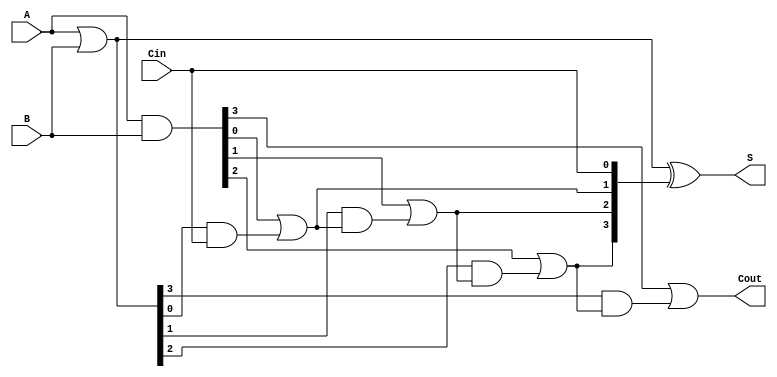
module RCLA #(parameter n = 4) (
    input  [n-1:0] A,    // First n-bit input
    input  [n-1:0] B,    // Second n-bit input
    input          Cin,   // Carry input
    output [n-1:0] S,     // Sum output
    output         Cout    // Carry output
);

    // Generate and Propagate signals
    wire [n-1:0] G; // Generate
    wire [n-1:0] P; // Propagate
    wire [n:0] C;    // Carry signals, C[0] = Cin

    // Generate and Propagate logic
    assign G = A & B;          // Gi = Ai AND Bi
    assign P = A | B;          // Pi = Ai OR Bi

    // Carry computation
    assign C[0] = Cin;         // C0 = Cin
    genvar i;
    generate
        for (i = 0; i < n; i = i + 1) begin : carry_logic
            assign C[i+1] = G[i] | (P[i] & C[i]); // Ci+1 = Gi OR (Pi AND Ci)
        end
    endgenerate

    // Sum calculation
    assign S = P ^ C[n-1:0];   // Si = Pi XOR Ci

    // Final carry out
    assign Cout = C[n];        // Cout = Cn

endmodule